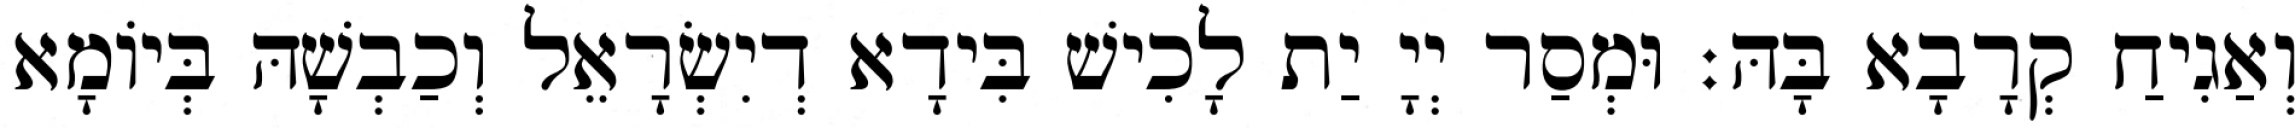
וְאַגִיחַ קְרָבָא בָּהּ׃ וּמְסַר יְיָ יַת לָכִישׁ בִּידָא דְיִשְׂרָאֵל וְכַבְשָׁהּ בְּיוֹמָא